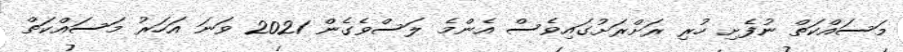
މަސައްކަތް ނުފެށި ހުރި ރަށްރަށުގައިވެސް އެންމެ ލަސްވެގެން 2021 ވަނަ އަހަރު މަސައްކަތް